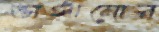
ভাঙ্গানোর